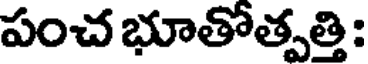
పంచ భూతోత్పత్తి: